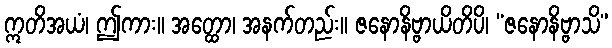
ဣတိအယံ၊ ဤကား။ အတ္ထော၊ အနက်တည်း။ ဇနောနိဗ္ဗာယိတိပိ၊ “ဇနောနိဗ္ဗာသိ”